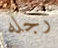
رجله